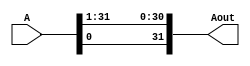
`timescale 1ns / 1ps
//////////////////////////////////////////////////////////////////////////////////
// Module Name:nbit_rot_left
// By Kushalta Paudel
// 
//////////////////////////////////////////////////////////////////////////////////


module nbit_rot_left #(parameter WIDTH = 32) (A, Aout);
 // parameter is used with a default value of 32.

	input [WIDTH-1:0] A;
	output [WIDTH-1:0] Aout;

	genvar i;

	for (i = 0; i < WIDTH-1; i = i + 1) begin
		assign Aout[i] = A[i+1];
	end  
	assign Aout[WIDTH-1] = A[0];
endmodule